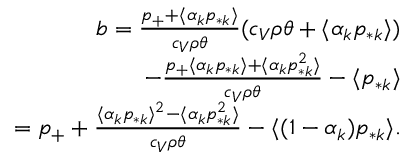
\begin{array} { r } { b = \frac { p _ { + } + \langle \alpha _ { k } p _ { * k } \rangle } { c _ { V } \rho \theta } ( c _ { V } \rho \theta + \langle \alpha _ { k } p _ { * k } \rangle ) } \\ { - \frac { p _ { + } \langle \alpha _ { k } p _ { * k } \rangle + \langle \alpha _ { k } p _ { * k } ^ { 2 } \rangle } { c _ { V } \rho \theta } - \langle p _ { * k } \rangle } \\ { = p _ { + } + \frac { \langle \alpha _ { k } p _ { * k } \rangle ^ { 2 } - \langle \alpha _ { k } p _ { * k } ^ { 2 } \rangle } { c _ { V } \rho \theta } - \langle ( 1 - \alpha _ { k } ) p _ { * k } \rangle . } \end{array}